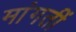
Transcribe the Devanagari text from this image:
मांगतीं